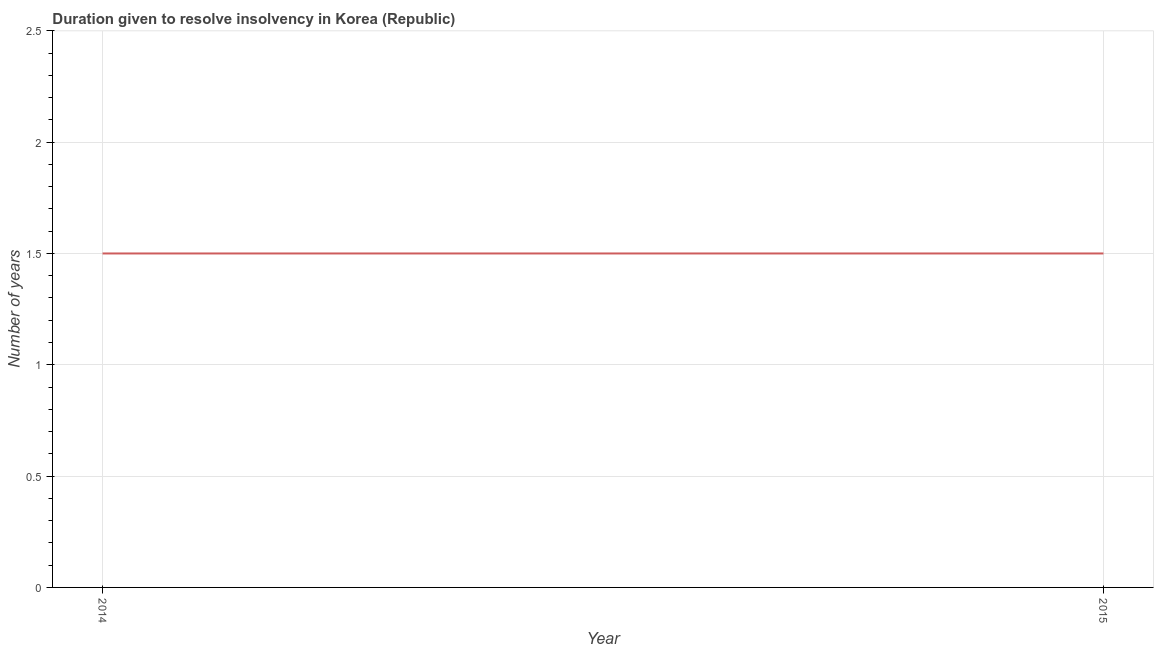
| Year | Resolve insolvency |
 | --- | --- |
 | 2014 | 1.5 |
 | 2015 | 1.5 |